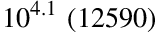
1 0 ^ { 4 . 1 } \ ( 1 2 5 9 0 )